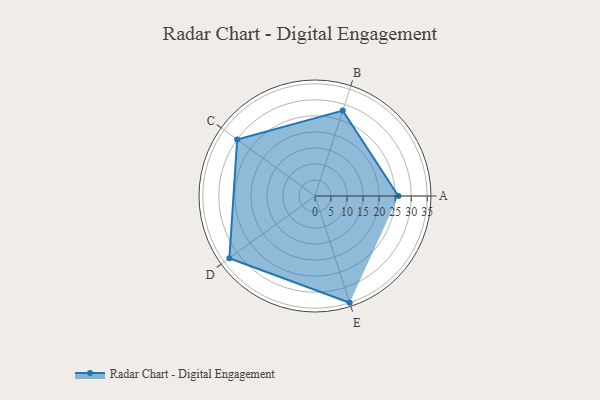
{"axis": {"x": "Skill", "y": "Score"}, "legend": ["Profile"], "data": [{"x": "A", "y": 26.0, "type": "Profile"}, {"x": "B", "y": 28.0, "type": "Profile"}, {"x": "C", "y": 30.0, "type": "Profile"}, {"x": "D", "y": 33.0, "type": "Profile"}, {"x": "E", "y": 35.0, "type": "Profile"}]}